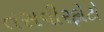
તસવીરફોટો